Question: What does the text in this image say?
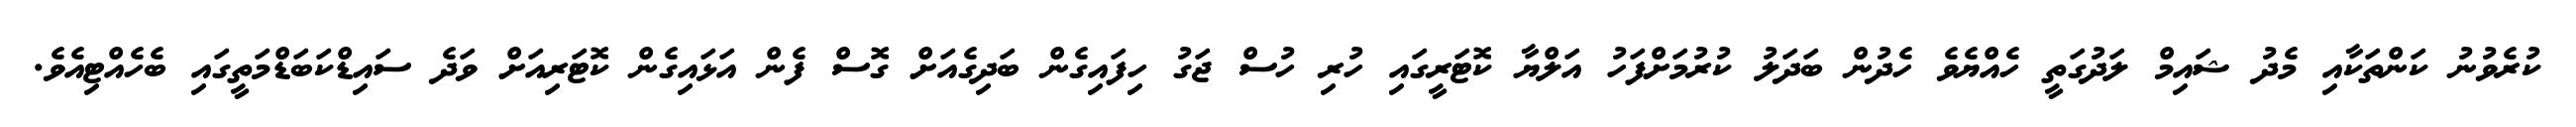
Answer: ކުރެވުނު ކަންތަކާއި މެދު ޝައިމް ލަދުގަތީ ހެއްޔެވެ ހެދުން ބަދަލު ކުރުމަށްފަހު އަލްޔާ ކޮޓަރީގައި ހުރި ހުސް ޖަގު ހިފައިގެން ބަދިގެއަށް ގޮސް ފެން އަޅައިގެން ކޮޓަރިއަށް ވަދެ ސައިޑްކަބަޑްމަތީގައި ބެހެއްޓިއެވެ.